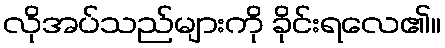
လိုအပ်သည်များကို ခိုင်းရလေ၏။